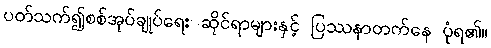
ပတ်သက်၍စစ်အုပ်ချုပ်ရေး ဆိုင်ရာများနှင့် ပြဿနာတက်နေ ပုံရ၏။